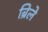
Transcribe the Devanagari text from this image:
ब्रिले